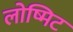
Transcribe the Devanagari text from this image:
लोष्मिट